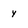
Character: y